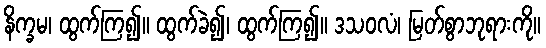
နိက္ခမ၊ ထွက်ကြ၍။ ထွက်ခဲ၍၊ ထွက်ကြ၍။ ဒသဝလံ၊ မြတ်စွာဘုရားကို။